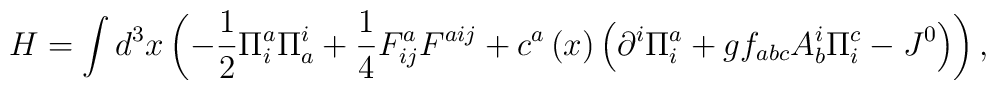
H = \int {d^3 } x\left( { - \frac{1}{2}\Pi _i^a \Pi _a^i  +\frac{1}{4}F_{ij}^a F^{aij}  + c^a \left( x \right)\left({\partial ^i \Pi _i^a  + gf_{abc} A_b^i \Pi _i^c-J^0 } \right)}\right) ,